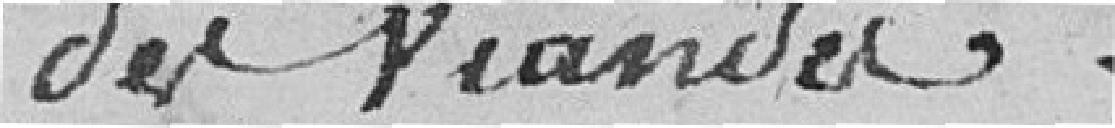
des viandes